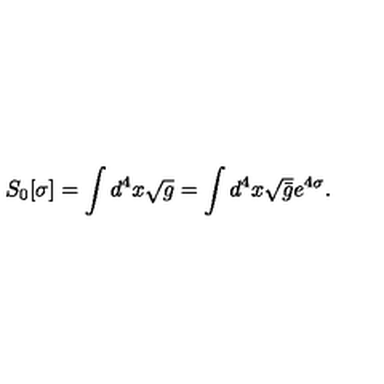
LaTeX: S _ { 0 } [ \sigma ] = \int d ^ { 4 } x \sqrt { g } = \int d ^ { 4 } x \sqrt { \bar { g } } e ^ { 4 \sigma } .